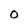
Character: 0